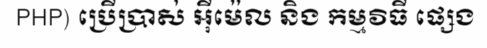
PHP) ប្រើប្រាស់ អ៊ីម៉េល និង កម្មវិធី ផ្សេង